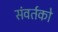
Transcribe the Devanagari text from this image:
संवर्तको